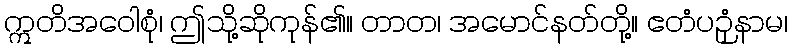
ဣတိအဝေါစုံ၊ ဤသို့ဆိုကုန်၏။ တာတ၊ အမောင်နတ်တို့။ ဧတံပဉှံနာမ၊